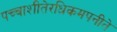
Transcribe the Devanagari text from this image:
पच्चाशीतेरधिकमपनीते